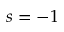
s = - 1